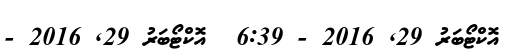
އޮކްޓޯބަރު 29